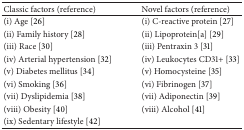
| Classic factors (reference) | Novel factors (reference) |
 | --- | --- |
 | (i) Age [26] | (i) C-reactive protein [27] |
 | (ii) Family history [28] | (ii) Lipoprotein[a] [29] |
 | (iii) Race [30] | (iii) Pentraxin 3 [31] |
 | (iv) Arterial hypertension [32] | (iv) Leukocytes CD31+ [33] |
 | (v) Diabetes mellitus [34] | (v) Homocysteine [35] |
 | (vi) Smoking [36] | (vi) Fibrinogen [37] |
 | (vii) Dyslipidemia [38] | (vii) Adiponectin [39] |
 | (viii) Obesity [40] | (viii) Alcohol [41] |
 | (ix) Sedentary lifestyle [42] |  |